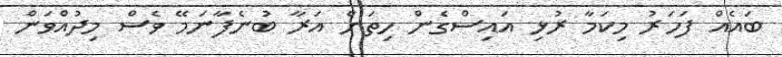
ބައެއް ފަހަރު މިކަމާ ރުޅި އައިސްގެން ހިތަށް އަރާ ބުނެފާނަމޭ ވެސް މިދުއްވަން